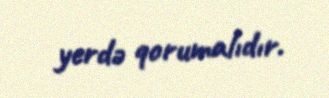
yerdə qorumalıdır.